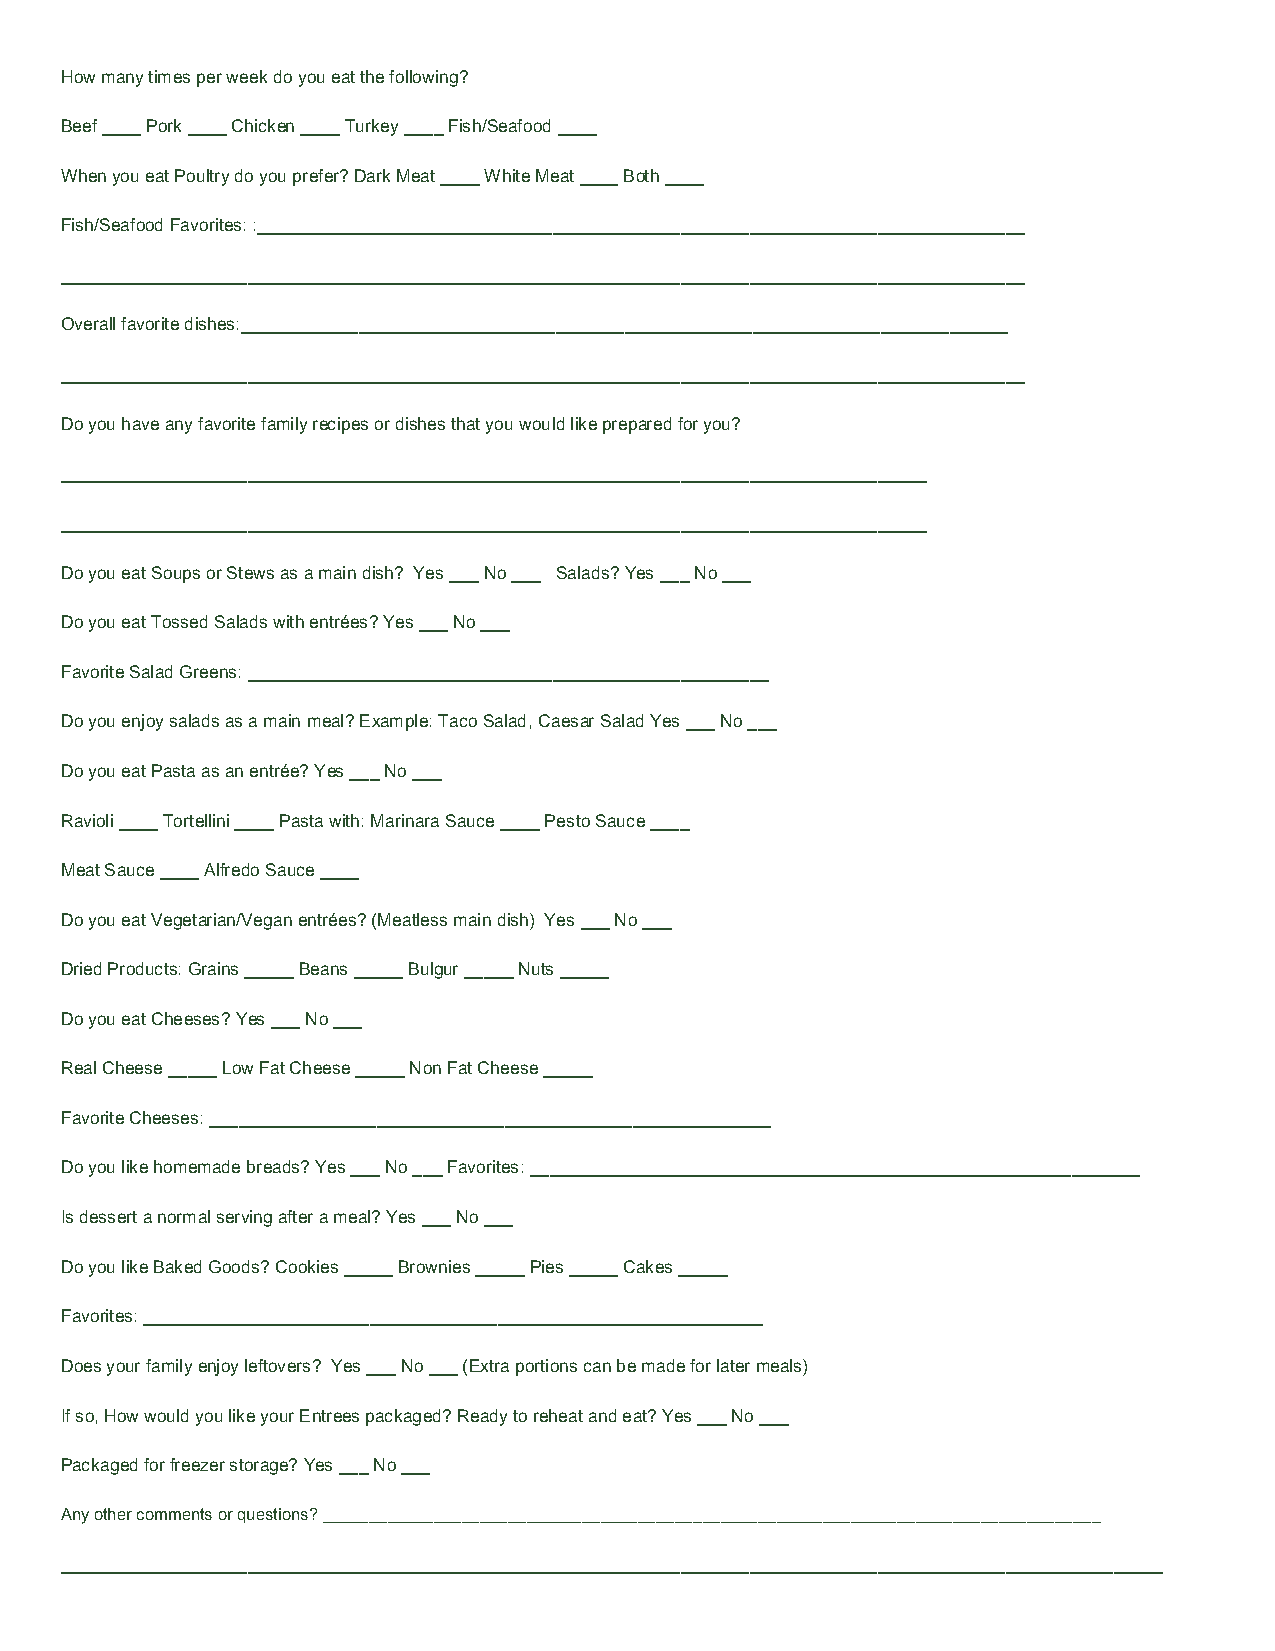
How many times per week do you eat the following?
 Beef ____ Pork ____ Chicken ____ Turkey ____ Fish/Seafood ____
 When you eat Poultry do you prefer? Dark Meat ____ White Meat ____ Both ____
 Fish/Seafood Favorites: :______________________________________________________________________________
 __________________________________________________________________________________________________
 Overall favorite dishes:______________________________________________________________________________
 __________________________________________________________________________________________________
 Do you have any favorite family recipes or dishes that you would like prepared for you?
 ________________________________________________________________________________________
 ________________________________________________________________________________________
 Do you eat Soups or Stews as a main dish? Yes ___ No ___ Salads? Yes ___ No ___
 Do you eat Tossed Salads with entrées? Yes ___ No ___
 Favorite Salad Greens: _____________________________________________________
 Do you enjoy salads as a main meal? Example: Taco Salad, Caesar Salad Yes ___ No ___
 Do you eat Pasta as an entrée? Yes ___ No ___
 Ravioli ____ Tortellini ____ Pasta with: Marinara Sauce ____ Pesto Sauce ____
 Meat Sauce ____ Alfredo Sauce ____
 Do you eat Vegetarian/Vegan entrées? (Meatless main dish) Yes ___ No ___
 Dried Products: Grains _____ Beans _____ Bulgur _____ Nuts _____
 Do you eat Cheeses? Yes ___ No ___
 Real Cheese _____ Low Fat Cheese _____ Non Fat Cheese _____
 Favorite Cheeses: _________________________________________________________
 Do you like homemade breads? Yes ___ No ___ Favorites: ______________________________________________________________
 Is dessert a normal serving after a meal? Yes ___ No ___
 Do you like Baked Goods? Cookies _____ Brownies _____ Pies _____ Cakes _____
 Favorites: _______________________________________________________________
 Does your family enjoy leftovers? Yes ___ No ___ (Extra portions can be made for later meals)
 If so, How would you like your Entrees packaged? Ready to reheat and eat? Yes ___ No ___
 Packaged for freezer storage? Yes ___ No ___
 Any other comments or questions? ____________________________________________________________________________________
 ________________________________________________________________________________________________________________